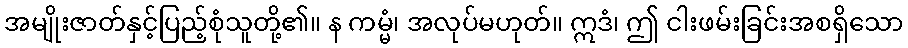
အမျိုးဇာတ်နှင့်ပြည့်စုံသူတို့၏။ န ကမ္မံ၊ အလုပ်မဟုတ်။ ဣဒံ၊ ဤ ငါးဖမ်းခြင်းအစရှိသော